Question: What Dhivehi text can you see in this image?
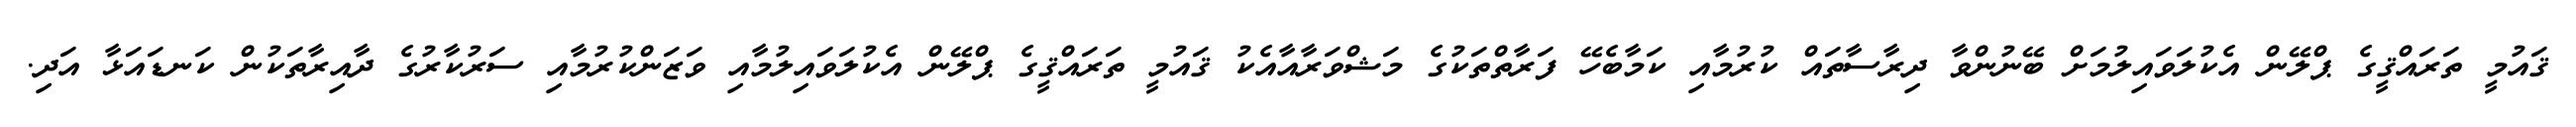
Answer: ޤައުމީ ތަރައްޤީގެ ޕްލޭން އެކުލަވައިލުމަށް ބޭނުންވާ ދިރާސާތައް ކުރުމާއި ކަމާބެހޭ ފަރާތްތަކުގެ މަޝްވަރާއާއެކު ޤައުމީ ތަރައްޤީގެ ޕްލޭން އެކުލަވައިލުމާއި ވަޒަންކުރުމާއި ސަރުކާރުގެ ދާއިރާތަކުން ކަނޑައަޅާ އަދި.